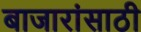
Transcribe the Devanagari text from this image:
बाजारांसाठी